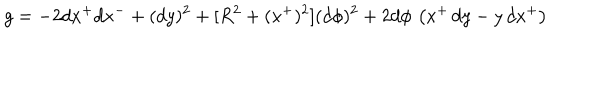
LaTeX: g = - 2 d x ^ { + } d x ^ { - } + ( d y ) ^ { 2 } + [ R ^ { 2 } + ( x ^ { + } ) ^ { 2 } ] ( d \phi ) ^ { 2 } + 2 d \phi \, \left( x ^ { + } \, d y - y \, d x ^ { + } \right)